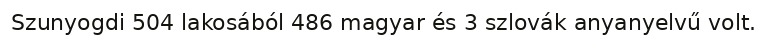
Szunyogdi 504 lakosából 486 magyar és 3 szlovák anyanyelvű volt.